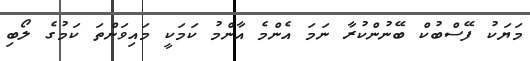
މަޔަކު ފޭސްބުކް ބޭނުންކުރާ ނަމަ އެންމެ އާންމު ކަމަކީ މައިވަންތަ ކަމުގެ ލޯބި